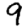
Digit: 9